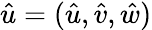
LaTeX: \hat{u}=(\hat{u},\hat{v},\hat{w})